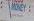
money